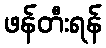
ဖန်တီးရန်